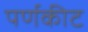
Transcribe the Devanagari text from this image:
पर्णकीट